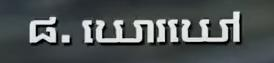
៨. ឃោរឃៅ